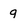
Character: 9